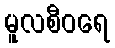
မူလစီဝရေ